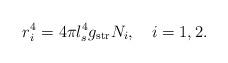
LaTeX: \begin{align*}r_i^4=4\pi l_s^4g_{\rm str}N_i, \quad i=1,2.\end{align*}